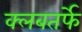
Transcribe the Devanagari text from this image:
क्लबतर्फे